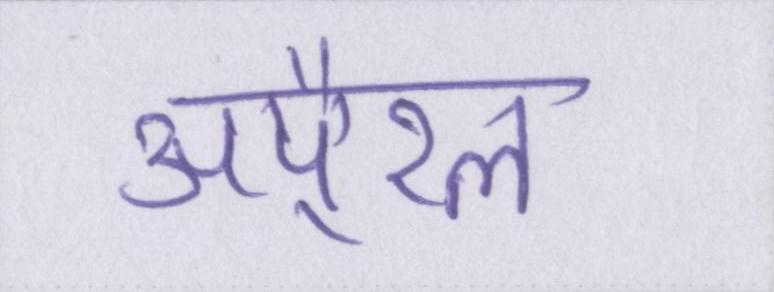
अपै्रल